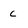
Character: c